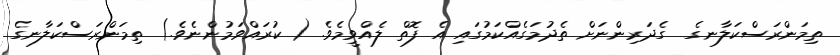
ތިމަންރަސްކަލާނގެ  ގެދަރިންނަށް ތެދުމަގެއްކަމުގައި އެ ފޮތް ލެއްވީމެވެ. ( ކުރައްވަމުންނެވެ.) ތިމަންރަސްކަލާނގެ